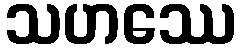
သဟဿေ